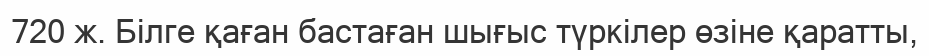
720 ж. Білге қаған бастаған шығыс түркілер өзіне қаратты,